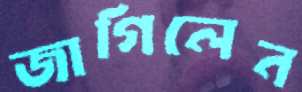
জাগিলেন